画像に写った文字を読んでください
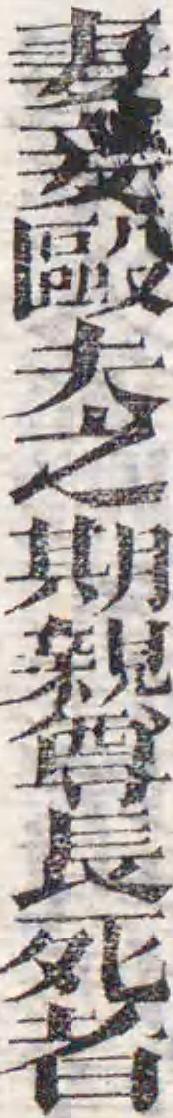
「妻妾毆夫之期親尊長死者」と書いてあります